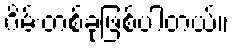
ဂိမ်းတစ်ခုဖြစ်ပါတယ်။